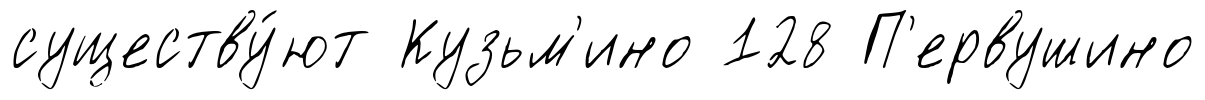
существу́ют Кузьм'ино 128 П'ервушино